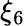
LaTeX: \xi_{6}